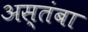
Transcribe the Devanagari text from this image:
अस्तंबा